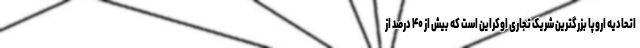
اتحادیه اروپا بزرگترین شریک تجاری اوکراین است که بیش از ۴۰ درصد از